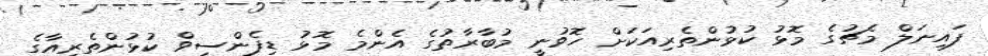
ފައިނަލް މެޗުގެ މޮޅު ކުޅުންތެރިއަކަށް ހޮވުނީ މުބާރާތުގެ އެންމެ މޮޅު ޑިފެންސިވް ކުޅުންތެރިއާގެ